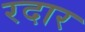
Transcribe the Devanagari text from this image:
रदार